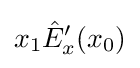
x_{1}{\hat {E}}_{x}'(x_{0})